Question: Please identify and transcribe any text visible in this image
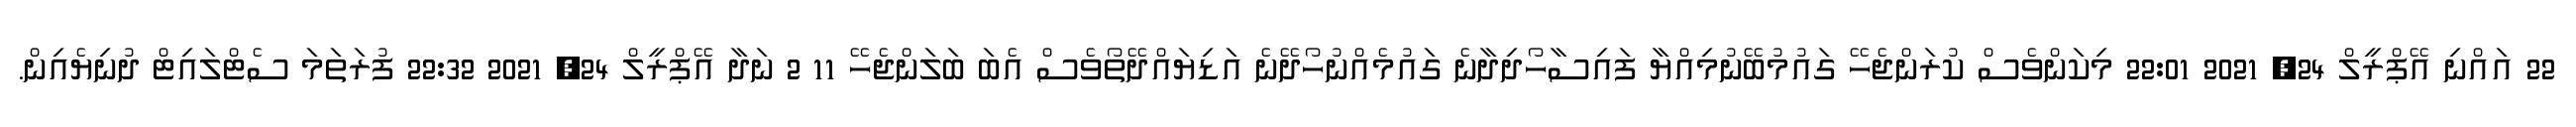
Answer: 22 އައްނި އޭޕްރީލް 24, 2021 22:01 މިކަންވެސް ކުރަންޖެހޭ ގައުމުބޭނުމިއްޔާ ފައިސާހޯދިދާނެ ގައުމެއްނުހޯދޭނެ އަޑިޔައްދޭތޯވެސް އެބަ ބަލަންޖެހޭ 11 2 ނަދާ އޭޕްރީލް 24, 2021 22:32 ފުރަތަމަ ސެޓްލައިޓް ދުނިޔެއިން.